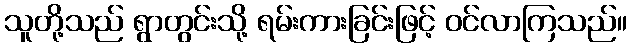
သူတို့သည် ရွာတွင်းသို့ ရမ်းကားခြင်းဖြင့် ဝင်လာကြသည်။